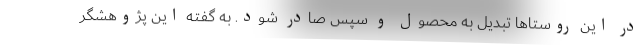
در این روستاها تبدیل به محصول و سپس صادر شود. به گفته این پژوهشگر